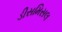
ડીસમિસલ